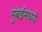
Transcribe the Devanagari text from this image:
मुंबईमधये